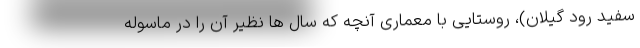
سفید رود گیلان)، روستایی با معماری آنچه که سال ها نظیر آن را در ماسوله